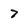
Character: 7